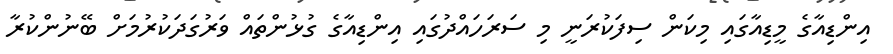
އިންޑިއާގެ މީޑިއާގައި މިކަން ސިފަކުރަނީ މި ސަރަހައްދުގައި އިންޑިއާގެ ގުޅުންތައް ވަރުގަދަކުރުމަށް ބޭނުންކުރާ